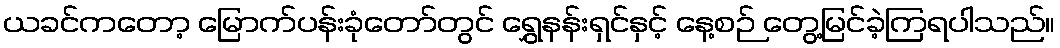
ယခင်ကတော့ မြောက်ပန်းခုံတော်တွင် ရွှေနန်းရှင်နှင့် နေ့စဉ် တွေ့မြင်ခဲ့ကြရပါသည်။